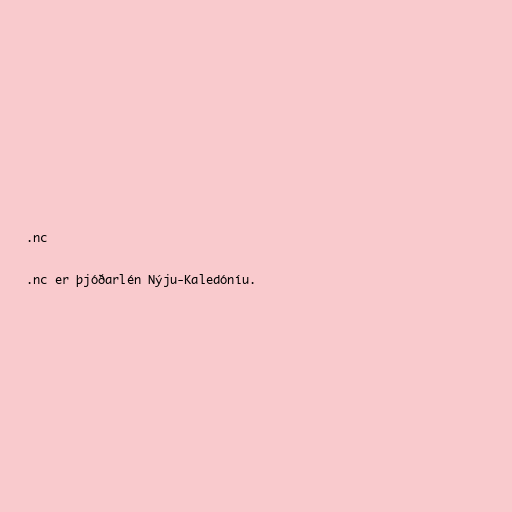
.nc

.nc er þjóðarlén Nýju-Kaledóníu.